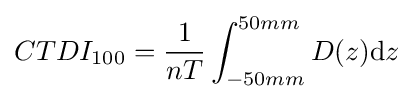
CTDI_{100}={\frac {1}{nT}}\int _{-50mm}^{50mm}{D(z){\text{d}}z}